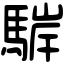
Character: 䮗